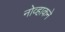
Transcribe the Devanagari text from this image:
नोव्हाकने